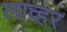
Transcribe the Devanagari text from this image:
लाव्हर